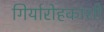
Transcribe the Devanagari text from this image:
गिर्यारोहकांशी